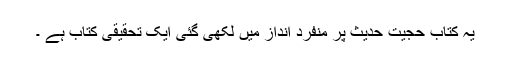
یہ کتاب حجیت حدیث پر منفرد انداز میں لکھی گئی ایک تحقیقی کتاب ہے ۔